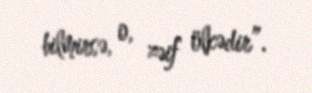
bilmirsə, o, zəif ölkədir”.